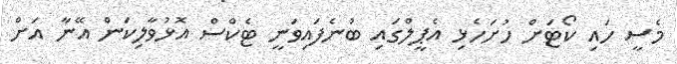
މެސީ ހައި ކޯޓަށް ހުށަހެޅި އެޕީލްގައި ބުނެފައިވަނީ ޓެކްސް އޮޅުވާލިކަން އޭނާ އަށް